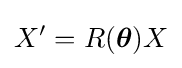
X'=R({\boldsymbol {\theta }})X